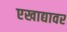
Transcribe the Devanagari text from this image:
एखाद्यावर